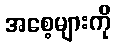
အစေ့များကို